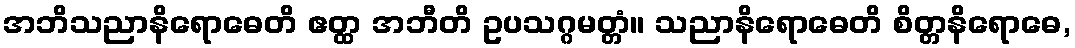
အဘိသညာနိရောဓေတိ ဧတ္ထ အဘီတိ ဥပသဂ္ဂမတ္တံ။ သညာနိရောဓေတိ စိတ္တနိရောဓေ,